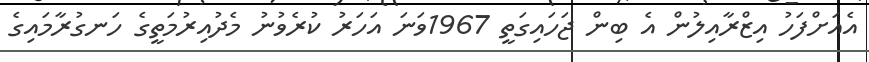
އެއަށްފަހު އިޒްރާއިލުން އެ ބިން ޖަހައިގަތީ 1967ވަނަ އަހަރު ކުރެވުނު މެދުއިރުމަތީގެ ހަނގުރާމައިގެ